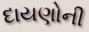
દાયણોની